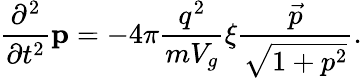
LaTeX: \frac{\partial^{2}}{\partial t^{2}}\mathbf{p}=-4\pi\frac{q^{2}}{mV_{g}}\xi\frac{\vec{p}}{\sqrt{1+p^{2}}}.